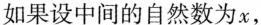
如果设中间的自然数为x，